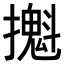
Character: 𢷪